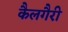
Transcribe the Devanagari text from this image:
कैलगैरी